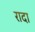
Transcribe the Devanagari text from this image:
रादा